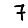
Digit: 7